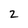
Character: 2